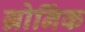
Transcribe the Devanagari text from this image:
ग्रोनिंक